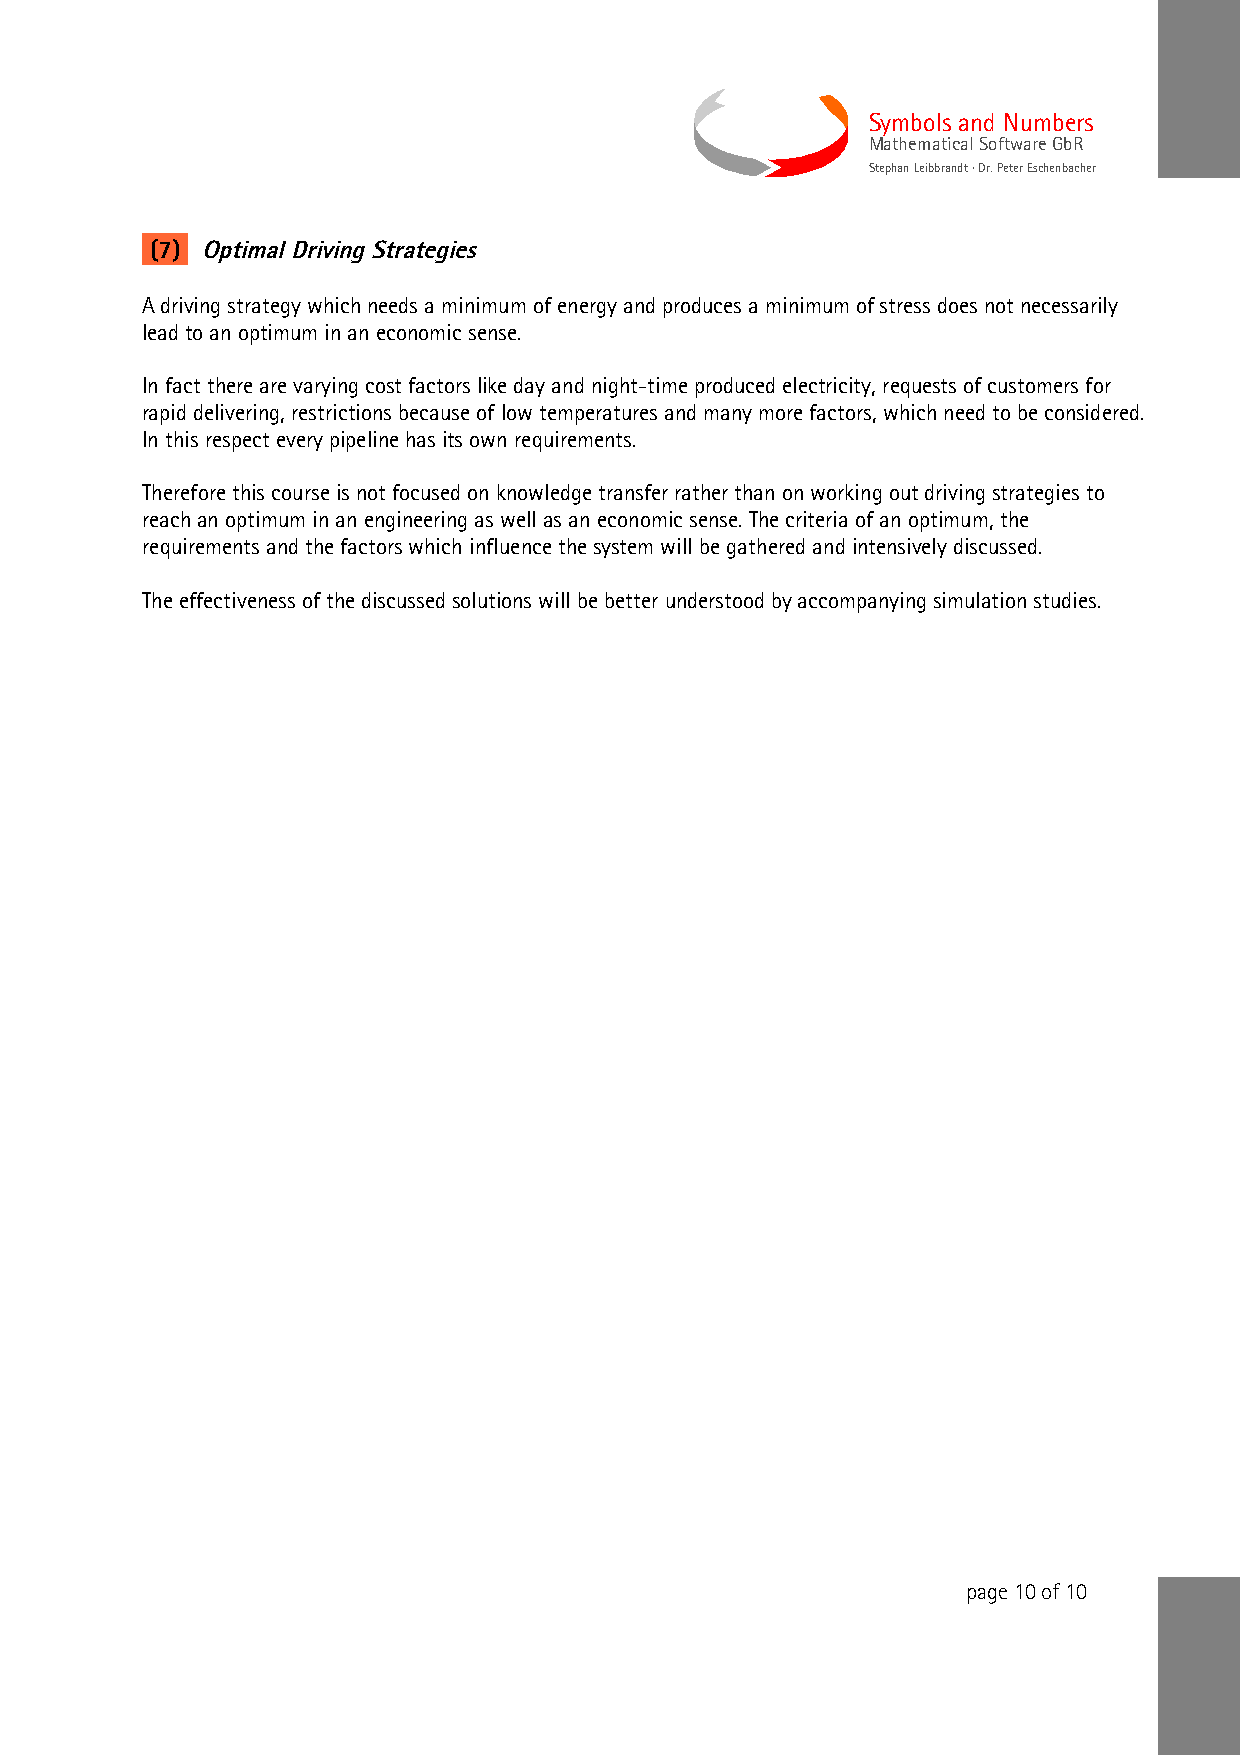
Symbols and Numbers
 Mathematical Software GbR
 Stephan Leibbrandt · Dr. Peter Eschenbacher
 (7) Optimal Driving Strategies
 A driving strategy which needs a minimum of energy and produces a minimum of stress does not necessarily
 lead to an optimum in an economic sense.
 In fact there are varying cost factors like day and night-time produced electricity, requests of customers for
 rapid delivering, restrictions because of low temperatures and many more factors, which need to be considered.
 In this respect every pipeline has its own requirements.
 Therefore this course is not focused on knowledge transfer rather than on working out driving strategies to
 reach an optimum in an engineering as well as an economic sense. The criteria of an optimum, the
 requirements and the factors which influence the system will be gathered and intensively discussed.
 The effectiveness of the discussed solutions will be better understood by accompanying simulation studies.
 page 10 of 10